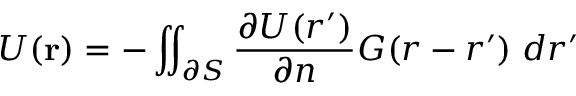
U ( \mathbf { r } ) = - \iint _ { \partial S } \frac { \partial U ( \boldsymbol { r ^ { \prime } } ) } { \partial n } G ( \boldsymbol { r } - \boldsymbol { r ^ { \prime } } ) \; d \boldsymbol { r ^ { \prime } }